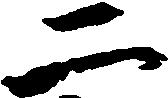
二